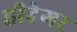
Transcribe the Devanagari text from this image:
हीदेगर